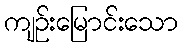
ကျဉ်းမြောင်းသော